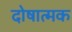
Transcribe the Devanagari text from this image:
दोषात्मक